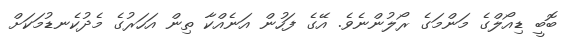
ބޮބީ ޑިއޯލްގެ މަންމަގެ ރޯލުންނެވެ. އޭގެ ފަހުން އަނެއްކާ ތިން އަހަރުގެ މެދުކެނޑުމަކަށް